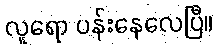
လူရော ပန်းနေလေပြီ။